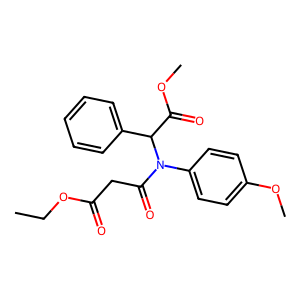
SMILES: CCOC(=O)CC(=O)N(c1ccc(OC)cc1)C(C(=O)OC)c1ccccc1
Inhibits HIV replication: No